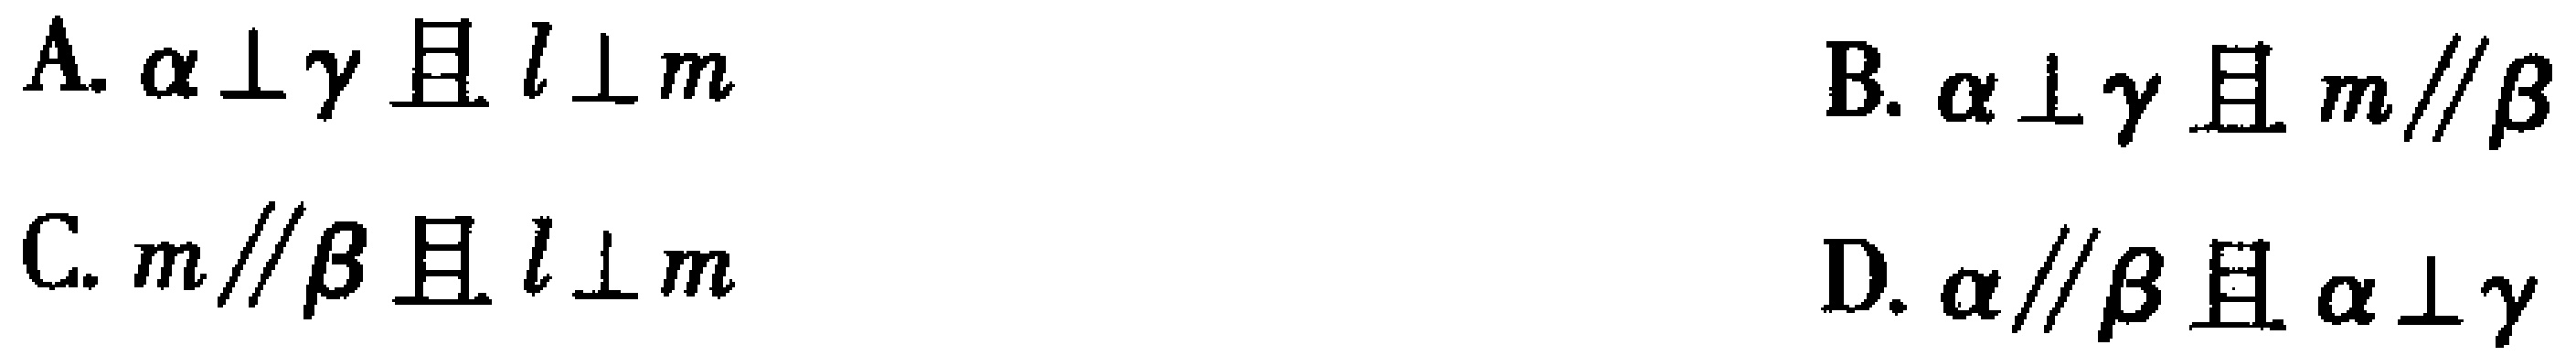
A. $\alpha\perp\gamma$且$l\perp m$
B. $\alpha\perp\gamma$且$m\parallel\beta$
C. $m\parallel\beta$且$l\perp m$
D. $\alpha\parallel\beta$且$\alpha\perp\gamma$